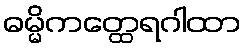
ဓမ္မိကတ္ထေရဂါထာ